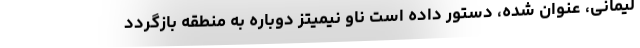
لیمانی، عنوان شده، دستور داده است ناو نیمیتز دوباره به منطقه بازگردد